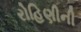
રોહિણીની